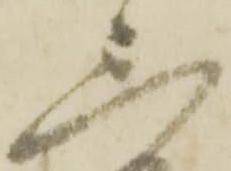
三